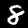
Label: 8